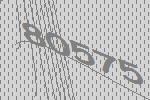
80575